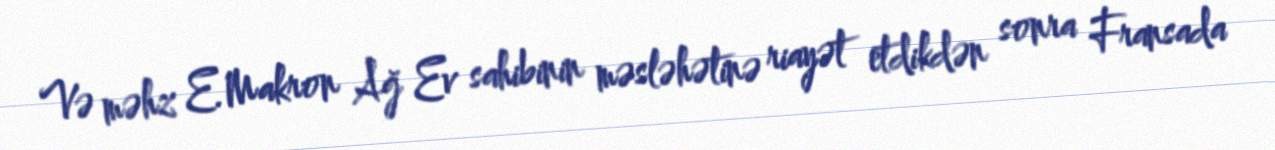
Və məhz E.Makron Ağ Ev sahibinin məsləhətinə riayət etdikdən sonra Fransada